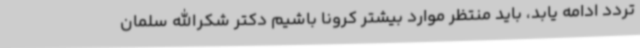
تردد ادامه یابد، باید منتظر موارد بیشتر کرونا باشیم دکتر شکرالله سلمان